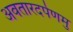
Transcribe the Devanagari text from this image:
अवतारदर्पणमु